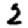
Digit: 2